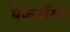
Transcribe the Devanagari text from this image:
बेकेनरिज